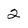
Character: 2